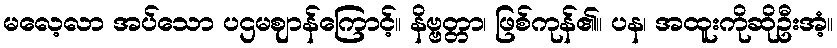
မလေ့လာ အပ်သော ပဌမဈာန်ကြောင့်။ နိဗ္ဗတ္တာ၊ ဖြစ်ကုန်၏။ ပန၊ အထူးကိုဆိုဦးအံ့။